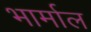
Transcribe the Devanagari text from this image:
भार्माल